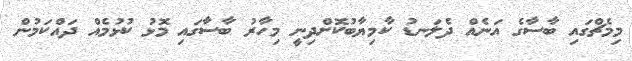
މިމެޗްގައި ބާސާގެ އަނެއް ދެލަނޑު ކާމިޔާބުކޮށްދިނީ މިހާރު ބާސާގައި މޮޅު ކުޅުމެއް ދައްކަމުން